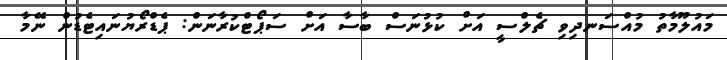
މައުލޫމާތު މުއްސަނދިވި ޗެލްސީ އަށް ކުޅުނަސް ބާސާ އަށް ސަޕޯޓްކުރާނަން: ޕެޑްރޯޔުނައިޓެޑުން ނޭމާ